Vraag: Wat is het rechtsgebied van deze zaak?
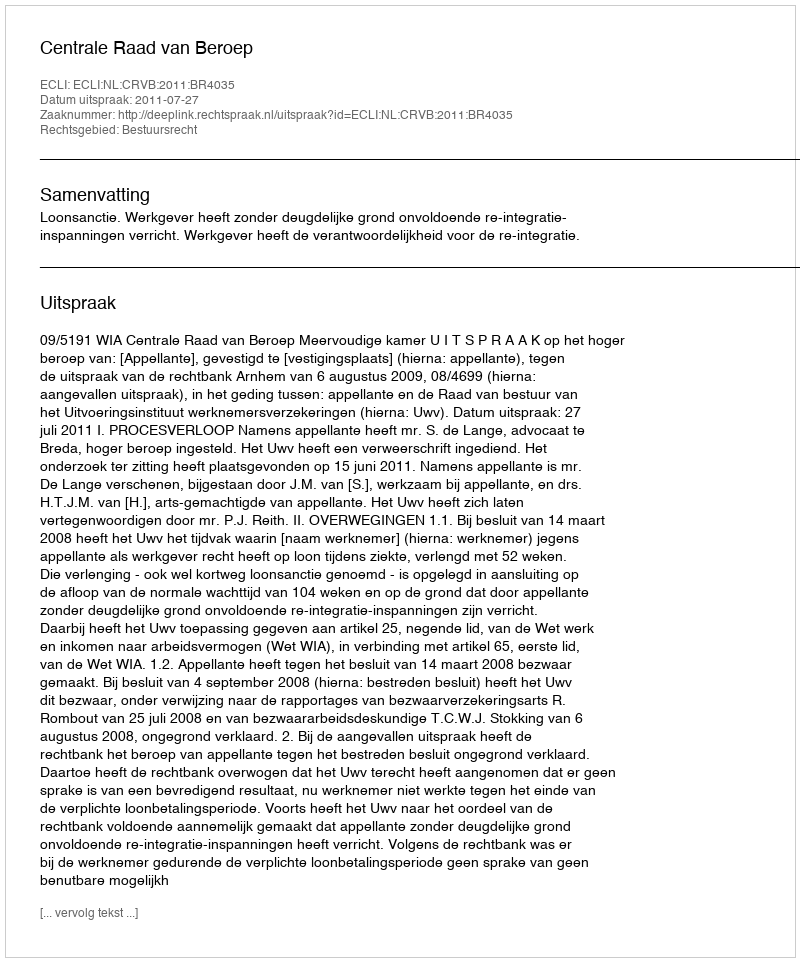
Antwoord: Bestuursrecht